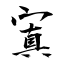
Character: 寘